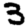
Digit: 3